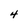
Character: 4